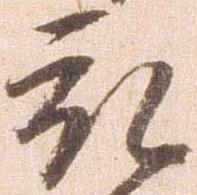
被